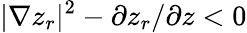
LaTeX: |\nabla z_{r}|^{2}-\partial z_{r}/\partial z<0